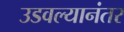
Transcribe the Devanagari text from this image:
उडवल्यानंतर